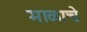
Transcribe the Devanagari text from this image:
माळाचे